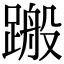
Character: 𨃟